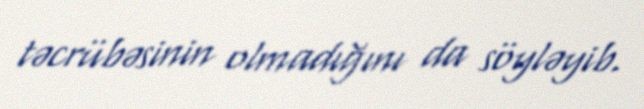
təcrübəsinin olmadığını da söyləyib.